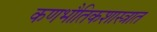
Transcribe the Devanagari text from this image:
कणभौतिकशास्त्रात